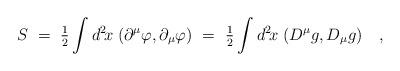
LaTeX: \begin{align*}S~=~{\textstyle{1\over 2}} \int d^2\! x \; (\partial^\mu \varphi , \partial_\mu \varphi) ~=~{\textstyle{1\over 2}} \int d^2\! x \; (D^\mu g , D_\mu g)~~~,\end{align*}